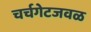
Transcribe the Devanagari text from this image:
चर्चगेटजवळ